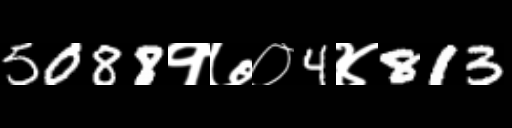
Text: 5088१७०4४813